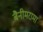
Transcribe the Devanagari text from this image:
बैनीमरामा